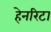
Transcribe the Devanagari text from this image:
हेनरिटा